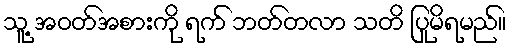
သူ့ အဝတ်အစားကို ရက် ဘတ်တလာ သတိ ပြုမိရမည်။